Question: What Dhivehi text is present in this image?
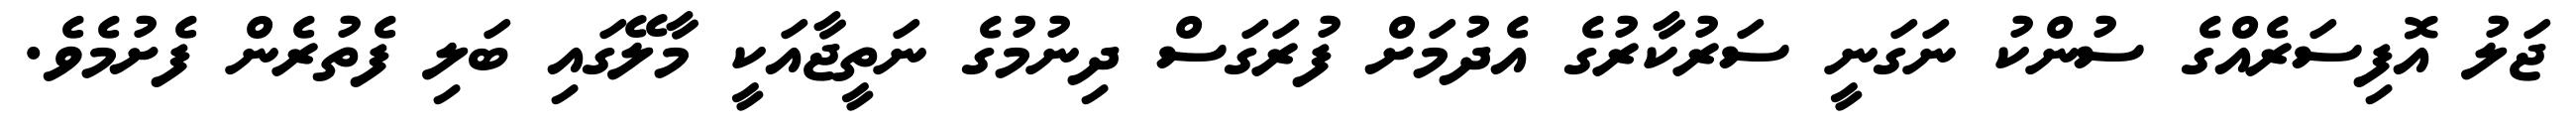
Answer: ޖަލު އޮފިސަރެއްގެ ސުންކު ނަގަނީ ސަރުކާރުގެ އެދުމަށް ފުރަގަސް ދިނުމުގެ ނަތީޖާއަކީ މާލޭގައި ބަލި ފެތުރެން ފެށުމެވެ.